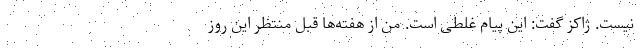
نیست. ژاکز گفت: این پیام غلطی است. من از هفته‌ها قبل منتظر این روز